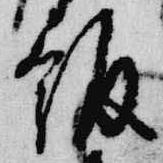
飯